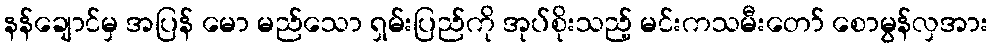
နန်ချောင်မှ အပြန် မော မည်သော ရှမ်းပြည်ကို အုပ်စိုးသည့် မင်းကသမီးတော် စောမွန်လှအား